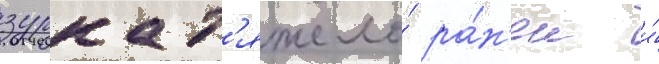
зурка т'яжело́ ра́н'ен и́